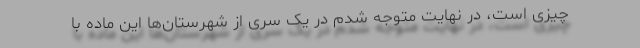
چیزی است، در نهایت متوجه شدم در یک سری از شهرستان‌ها این ماده با